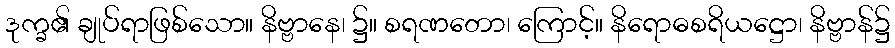
ဒုက္ခ၏ ချုပ်ရာဖြစ်သော။ နိဗ္ဗာနေ၊ ၌။ စရဏတော၊ ကြောင့်။ နိရောဓစရိယဋ္ဌော၊ နိဗ္ဗာန်၌